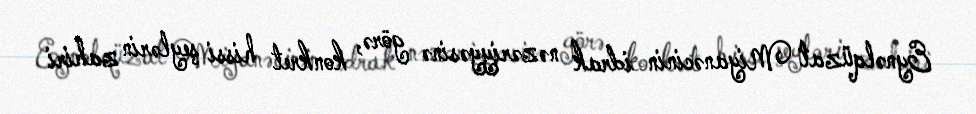
Eynəlqüzat Miyanəcinin idrak nəzəriyyəsinə görə, konkret hissi şeylərin zahiri